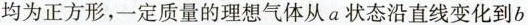
均为正方形，一定质量的理想气体从a状态沿直线变化到b